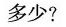
多少？